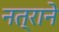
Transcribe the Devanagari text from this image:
नत्राने